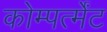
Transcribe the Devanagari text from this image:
कोम्पर्त्मेंट